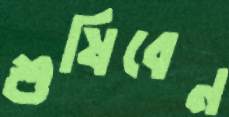
শুষিবেন